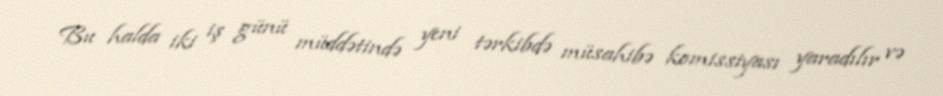
Bu halda iki iş günü müddətində yeni tərkibdə müsahibə komissiyası yaradılır və